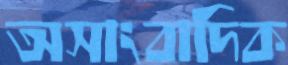
অসাংবাদিক